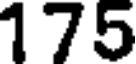
175